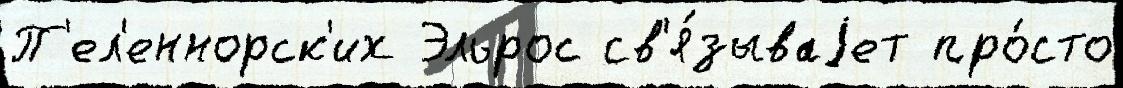
П'ел'еннорск'их Эльрос св'я́зываjет про́сто